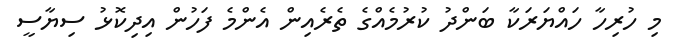
މި ހުރިހާ ހައްޔަރަކާ ބަންދު ކުރުމެއްގެ ތެރެއިން އެންމެ ފަހުން އިދިކޮޅު ސިޔާސީ